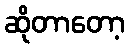
ဆိုတာတော့